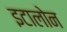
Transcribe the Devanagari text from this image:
इटालोन